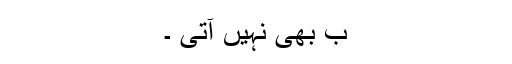
ب بھی نہیں آتی ۔